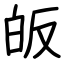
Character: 皈